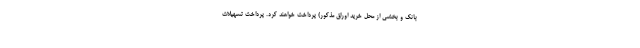
بانک و بخشی از محل خرید اوراق مذکور) پرداخت خواهند کرد. پرداخت تسهیلات